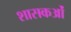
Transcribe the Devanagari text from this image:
शासकओं